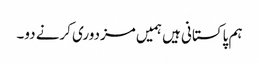
ہم پاکستانی ہیں ہمیں مزدوری کرنے دو۔